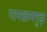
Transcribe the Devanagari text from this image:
नानाक्रमगुड़ा